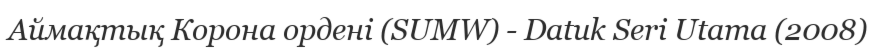
Аймақтық Корона ордені (SUMW) - Datuk Seri Utama (2008)